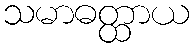
သမာဓတ္ထာယ